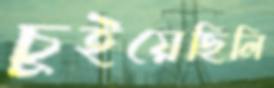
চুইয়েছিলি